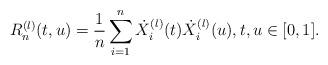
LaTeX: \begin{align*}R_n^{(l)}(t,u) = \frac{1}{n}\sum_{i=1}^n \dot{X}^{(l)}_i(t)\dot{X}_i^{(l)}(u),t,u\in [0,1].\end{align*}